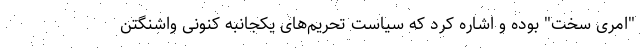
"امری سخت" بوده و اشاره کرد که سیاست تحریم‌های یکجانبه کنونی واشنگتن